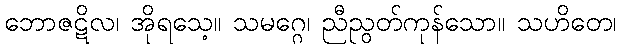
ဘောဇဋိလ၊ အိုရသေ့။ သမဂ္ဂေ၊ ညီညွတ်ကုန်သော။ သဟိတေ၊